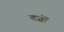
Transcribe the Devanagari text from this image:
तर्जों